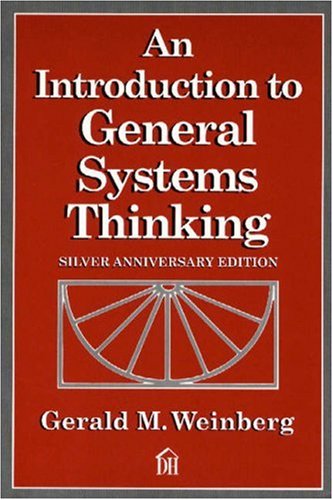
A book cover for An Introduction to General Systems Thinking (Silver Anniversary Edition); Gerald M. Weinberg; Computers & Technology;